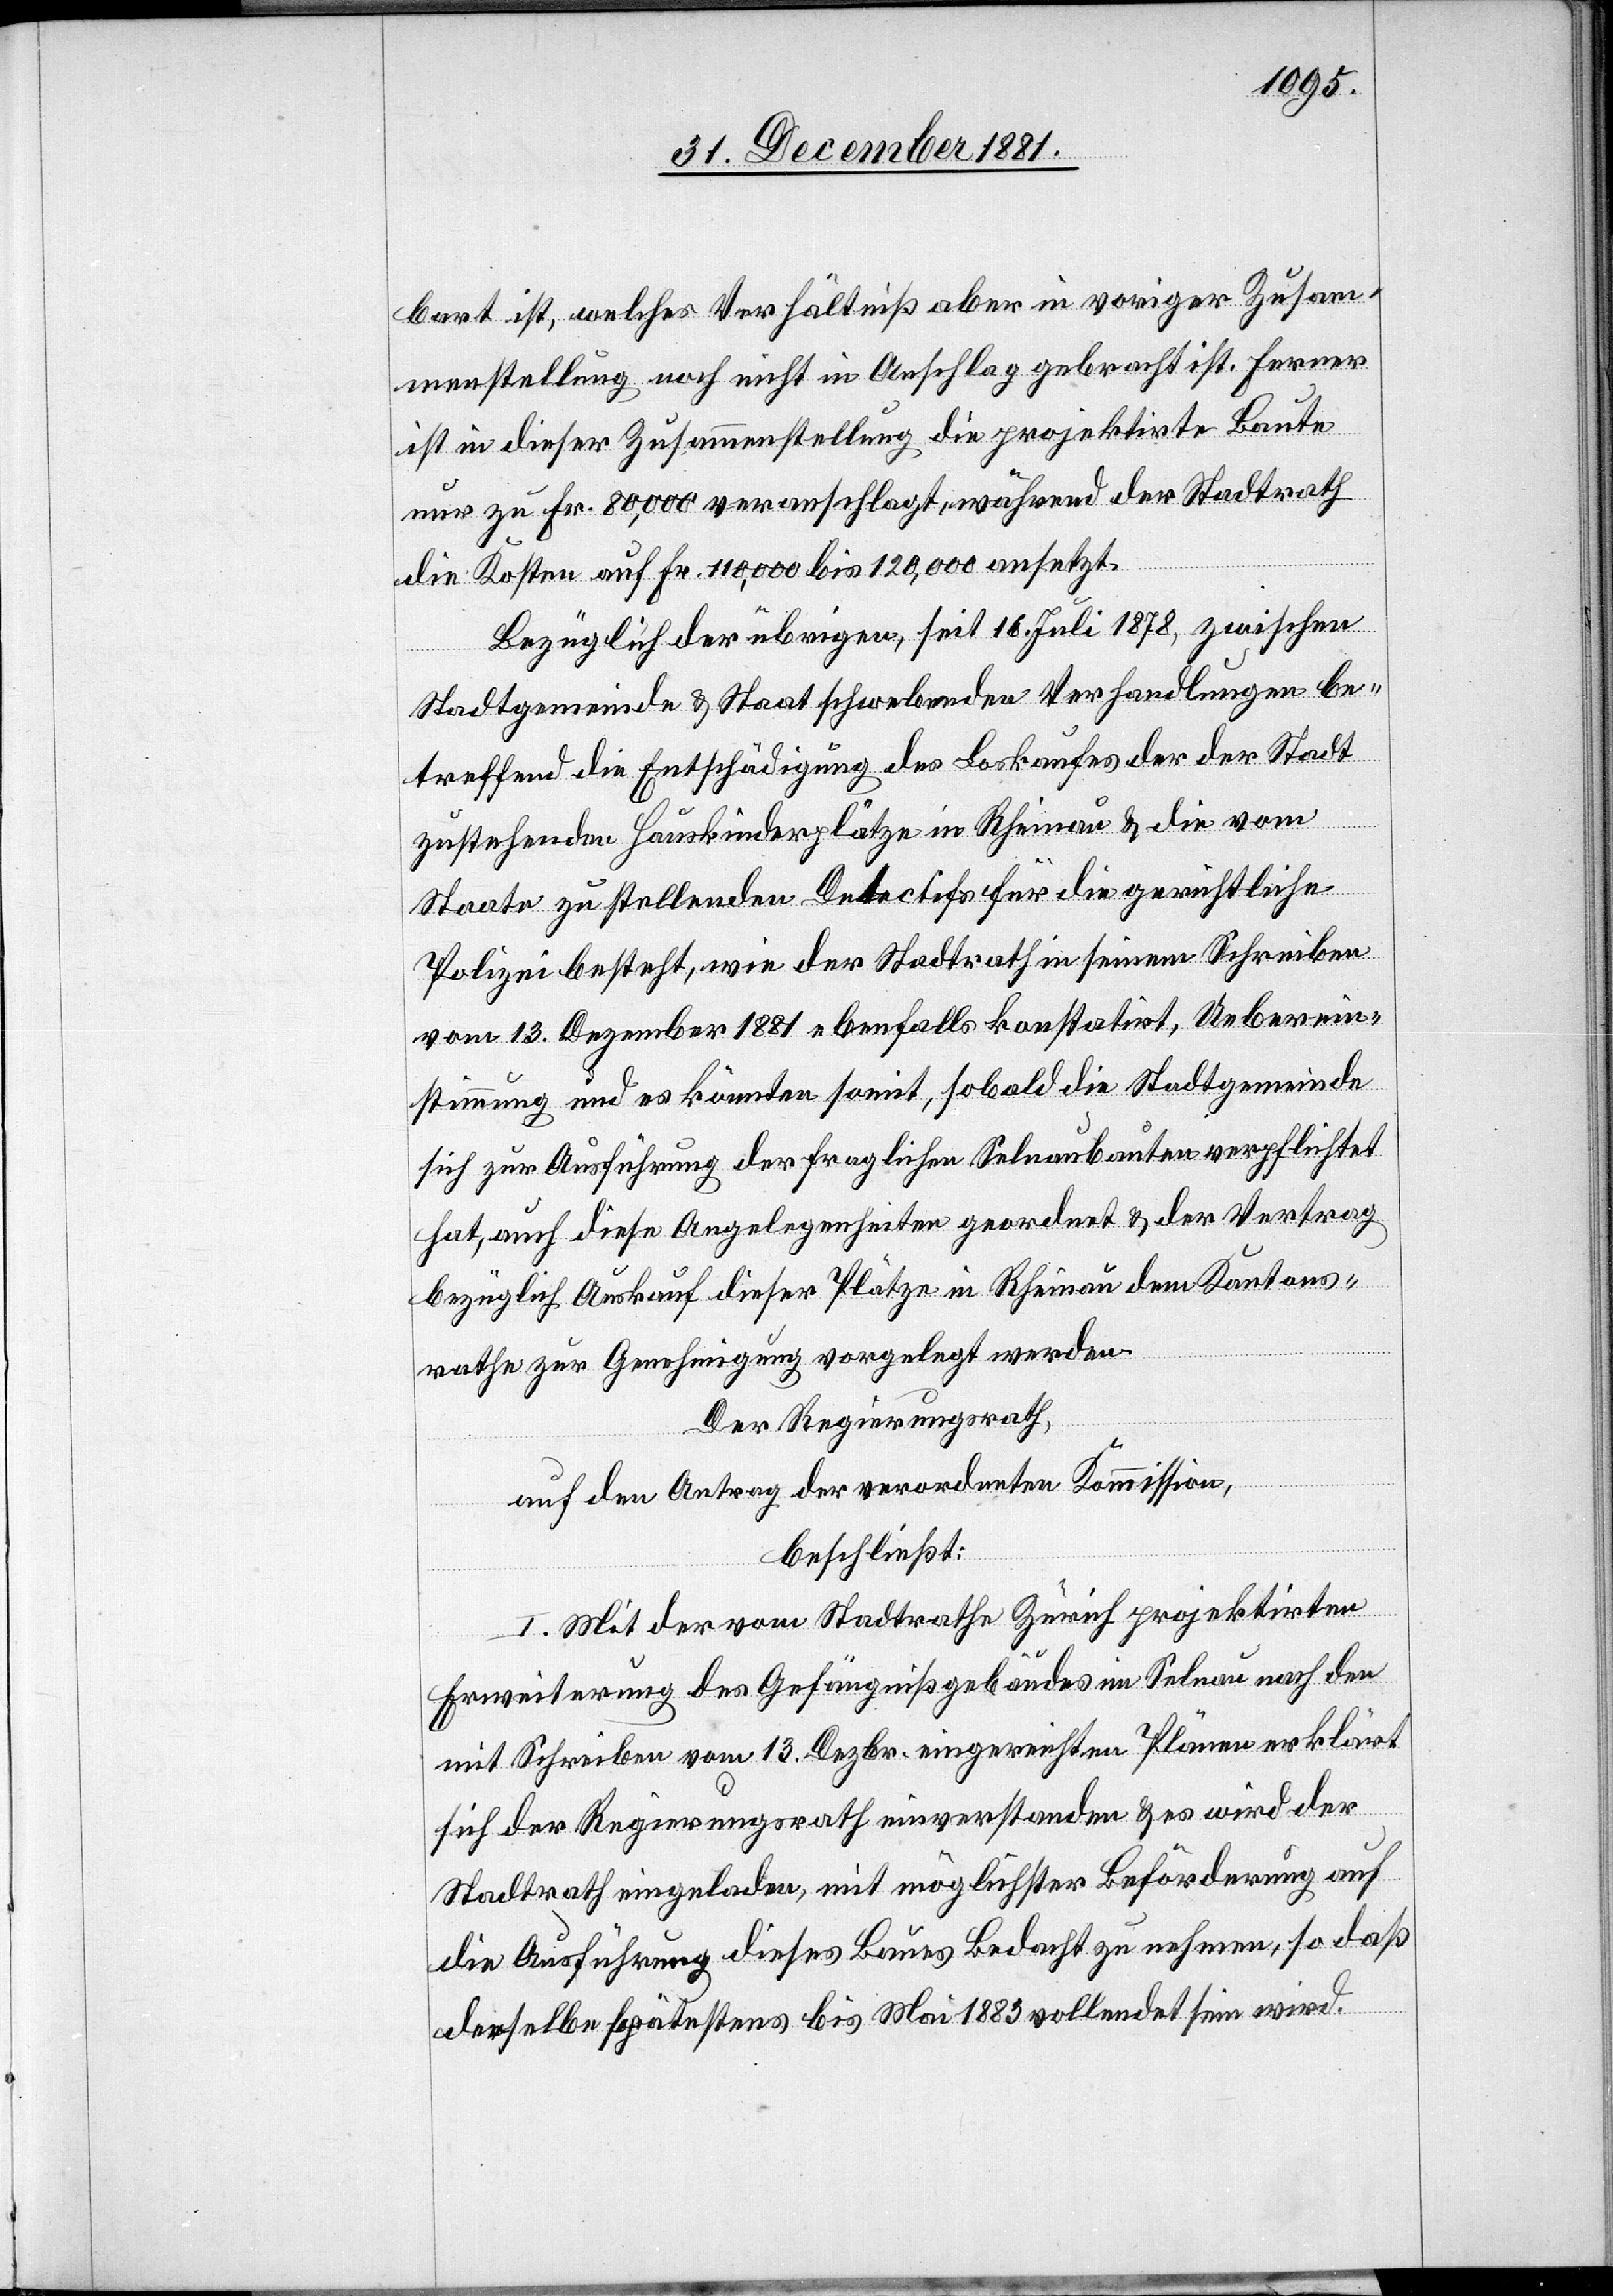
bart ist, welches Verhältniß aber in voriger Zusam¬
menstellung noch nicht in Anschlag gebracht ist. Ferner
ist in dieser Zusammenstellung die projektirte Baute
nur zu Fr. 80,000 veranschlagt, während der Stadtrath
die Kosten auf Fr. 110,000 bis 120,000 ansetzt.
Bezüglich der übrigen, seit 16. Juli 1878, zwischen
Stadtgemeinde & Staat schwebenden Verhandlungen be¬
treffend die Entschädigung des Loskaufes der der Stadt
zustehenden Hauskinderplätze in Rheinau & die vom
Staate zu stellenden Detectifs für die gerichtliche
Polizei besteht, wie der Stadtrath in seinem Schreiben
vom 13. Dezember 1881 ebenfalls konstatirt, Ueberein¬
stimmung und es könnten somit, sobald die Stadtgemeinde
sich zur Ausführung der fraglichen Selnaubauten verpflichtet
hat, auch diese Angelegenheiten geordnet & der Vertrag
bezüglich Auskauf dieser Plätze in Rheinau dem Kantons¬
rathe zur Genehmigung vorgelegt werden.
Der Regierungsrath,
auf den Antrag der verordneten Kommission,
beschließt:
I. Mit der vom Stadtrathe Zürich projektirten
Erweiterung des Gefängnißgebäudes im Selnau nach den
mit Schreiben vom 13. Dezbr. eingereichten Plänen erklärt
sich der Regierungsrath einverstanden & es wird der
Stadtrath eingeladen, mit möglichster Beförderung auf
die Ausführung dieses Baues Bedacht zu nehmen, so daß
derselbe spätestens bis Mai 1883 vollendet sein wird.